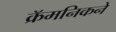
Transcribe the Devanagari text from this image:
क्रॅमनिकने